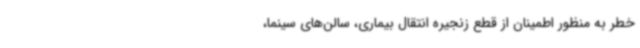
خطر به منظور اطمینان از قطع زنجیره انتقال بیماری، سالن‌های سینما،